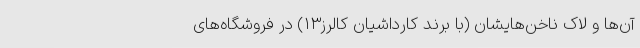
آن‌ها و لاک ناخن‌هایشان (با برند کارداشیان کالرز۱۳) در فروشگاه‌های